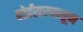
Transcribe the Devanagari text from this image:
बोईसरपासून